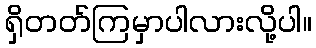
ရှိတတ်ကြမှာပါလားလို့ပါ။